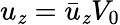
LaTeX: u_{\mathit{z}}=\bar{{u}}_{\mathit{z}}V_{0}